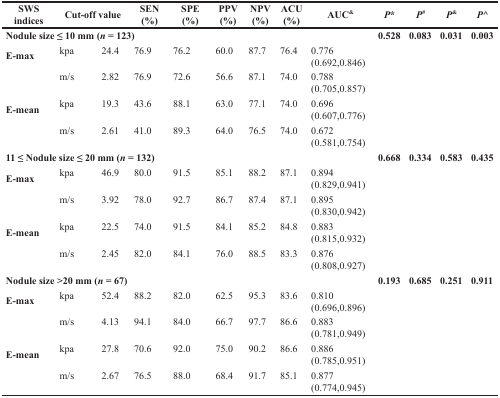
<table><thead><tr><td><b>SWS indices</b></td><td colspan="2"><b>Cut-off value</b></td><td><b>SEN (%)</b></td><td><b>SPE (%)</b></td><td><b>PPV (%)</b></td><td><b>NPV (%)</b></td><td><b>ACU (%)</b></td><td><b>AUC<sup>&amp;</sup></b></td><td><b>P*</b></td><td><b>P<sup>#</sup></b></td><td><b>P<sup>&amp;</sup></b></td><td><b>P<sup>^</sup></b></td></tr></thead><tbody><tr><td colspan="9"><b>Nodule size ≤ 10 mm (<i>n</i> = 123)</b></td><td><b>0.528</b></td><td><b>0.083</b></td><td><b>0.031</b></td><td><b>0.003</b></td></tr><tr><td><b>E-max</b></td><td>kpa</td><td>24.4</td><td>76.9</td><td>76.2</td><td>60.0</td><td>87.7</td><td>76.4</td><td>0.776 (0.692,0.846)</td><td></td><td></td><td></td><td></td></tr><tr><td></td><td>m/s</td><td>2.82</td><td>76.9</td><td>72.6</td><td>56.6</td><td>87.1</td><td>74.0</td><td>0.788 (0.705,0.857)</td><td></td><td></td><td></td><td></td></tr><tr><td><b>E-mean</b></td><td>kpa</td><td>19.3</td><td>43.6</td><td>88.1</td><td>63.0</td><td>77.1</td><td>74.0</td><td>0.696 (0.607,0.776)</td><td></td><td></td><td></td><td></td></tr><tr><td></td><td>m/s</td><td>2.61</td><td>41.0</td><td>89.3</td><td>64.0</td><td>76.5</td><td>74.0</td><td>0.672 (0.581,0.754)</td><td></td><td></td><td></td><td></td></tr><tr><td colspan="9"><b>11 ≤ Nodule size ≤ 20 mm (<i>n</i> = 132)</b></td><td><b>0.668</b></td><td><b>0.334</b></td><td><b>0.583</b></td><td><b>0.435</b></td></tr><tr><td><b>E-max</b></td><td>kpa</td><td>46.9</td><td>80.0</td><td>91.5</td><td>85.1</td><td>88.2</td><td>87.1</td><td>0.894 (0.829,0.941)</td><td></td><td></td><td></td><td></td></tr><tr><td></td><td>m/s</td><td>3.92</td><td>78.0</td><td>92.7</td><td>86.7</td><td>87.4</td><td>87.1</td><td>0.895 (0.830,0.942)</td><td></td><td></td><td></td><td></td></tr><tr><td><b>E-mean</b></td><td>kpa</td><td>22.5</td><td>74.0</td><td>91.5</td><td>84.1</td><td>85.2</td><td>84.8</td><td>0.883 (0.815,0.932)</td><td></td><td></td><td></td><td></td></tr><tr><td></td><td>m/s</td><td>2.45</td><td>82.0</td><td>84.1</td><td>76.0</td><td>88.5</td><td>83.3</td><td>0.876 (0.808,0.927)</td><td></td><td></td><td></td><td></td></tr><tr><td colspan="9"><b>Nodule size &gt;20 mm (<i>n</i> = 67)</b></td><td><b>0.193</b></td><td><b>0.685</b></td><td><b>0.251</b></td><td><b>0.911</b></td></tr><tr><td><b>E-max</b></td><td>kpa</td><td>52.4</td><td>88.2</td><td>82.0</td><td>62.5</td><td>95.3</td><td>83.6</td><td>0.810 (0.696,0.896)</td><td></td><td></td><td></td><td></td></tr><tr><td></td><td>m/s</td><td>4.13</td><td>94.1</td><td>84.0</td><td>66.7</td><td>97.7</td><td>86.6</td><td>0.883 (0.781,0.949)</td><td></td><td></td><td></td><td></td></tr><tr><td><b>E-mean</b></td><td>kpa</td><td>27.8</td><td>70.6</td><td>92.0</td><td>75.0</td><td>90.2</td><td>86.6</td><td>0.886 (0.785,0.951)</td><td></td><td></td><td></td><td></td></tr><tr><td></td><td>m/s</td><td>2.67</td><td>76.5</td><td>88.0</td><td>68.4</td><td>91.7</td><td>85.1</td><td>0.877 (0.774,0.945)</td><td></td><td></td><td></td><td></td></tr></tbody></table>